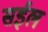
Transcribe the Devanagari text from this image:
सईल